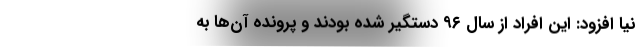
نیا افزود: این افراد از سال ۹۶ دستگیر شده بودند و پرونده آن‌ها به